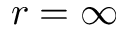
r = \infty